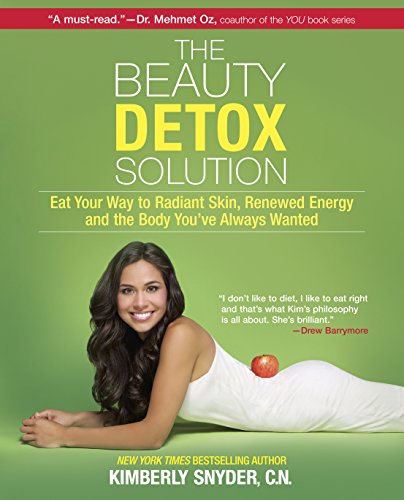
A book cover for The Beauty Detox Solution: Eat Your Way to Radiant Skin, Renewed Energy and the Body You've Always Wanted; Kimberly Snyder; Health, Fitness & Dieting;